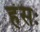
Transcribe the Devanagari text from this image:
हंसः